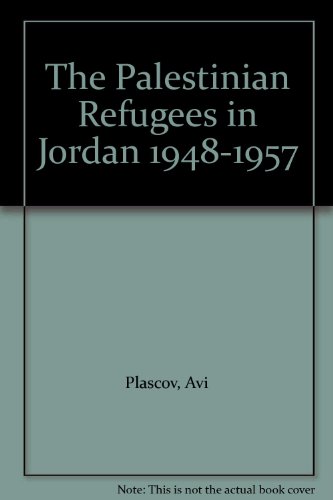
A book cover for The Palestinian Refugees in Jordan 1948-1957; Avi Plascov; History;